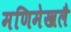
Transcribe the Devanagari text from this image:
मणिमेखलै